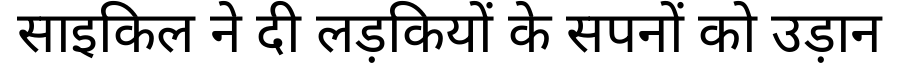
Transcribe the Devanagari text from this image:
साइकिल ने दी लड़कियों के सपनों को उड़ान